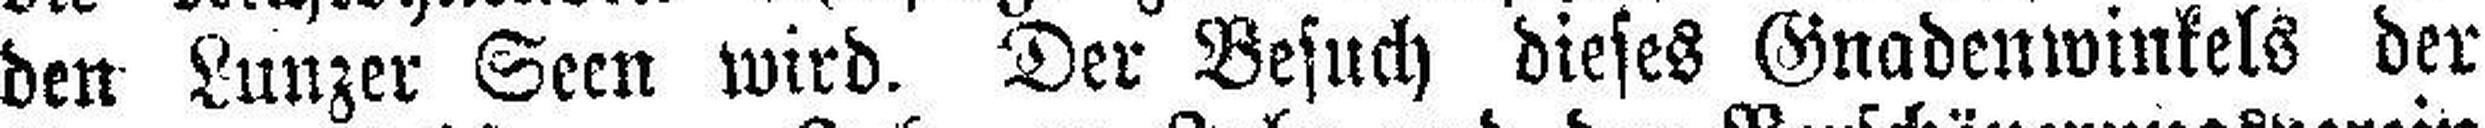
den Lunzer Seen wird. Der Besuch dieses Gnadenwinkels der